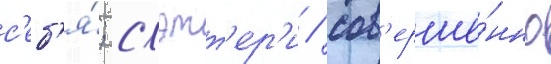
с'еб'я́; слэтт'ер'и / сов'ерше́нно